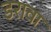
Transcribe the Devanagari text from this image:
डरावा